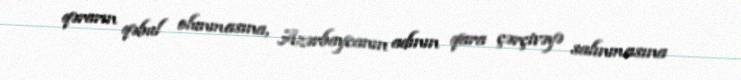
qərarın qəbul olunmasına, Azərbaycanın adının qara çərçivəyə salınmasına